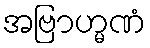
အဗြာဟ္မဏံ